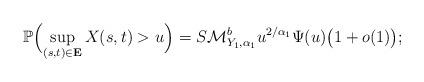
LaTeX: \begin{align*}\mathbb{P} \Bigl( \sup_{(s,t)\in\mathbf{E}} X(s,t)> u \Bigr) = S\mathcal{M}_{Y_1,\alpha_1}^{b} u^{{2}/{\alpha_1}} \Psi(u)\bigl(1+o(1)\bigr);\end{align*}